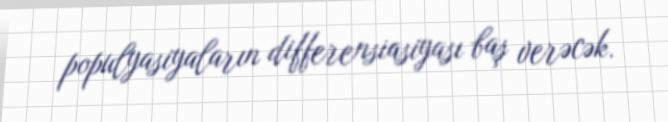
populyasiyaların differensiasiyası baş verəcək.